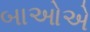
બાઓએ